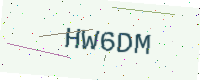
Text: HW6DM